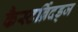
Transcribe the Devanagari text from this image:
कैस्टर्ब्रिदड्ज